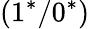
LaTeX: (1^{*}/0^{*})